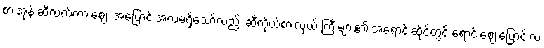
စားအုန်းဆီလက်ကားဈေး အပြောင်းအလဲမရှိသော်လည်း ဆီကိုယ်စားလှယ် ကြီးများ၏ အရောင်းဆိုင်တွင် ရောင်းဈေးပြောင်းလဲ